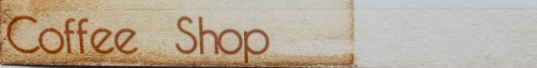
Coffee Shop